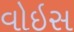
વોઇસ